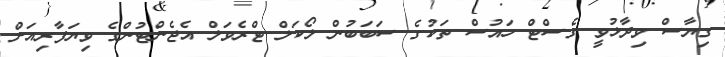
ގިޔާސް ވިދާޅުވީ ގެސްޓް ހައުސް ތަކުގެ ސަބަބުން ލޯކަލް ޓްރެވަލް އެޖެންޓުންގެ ވިޔަފާރިއަށް